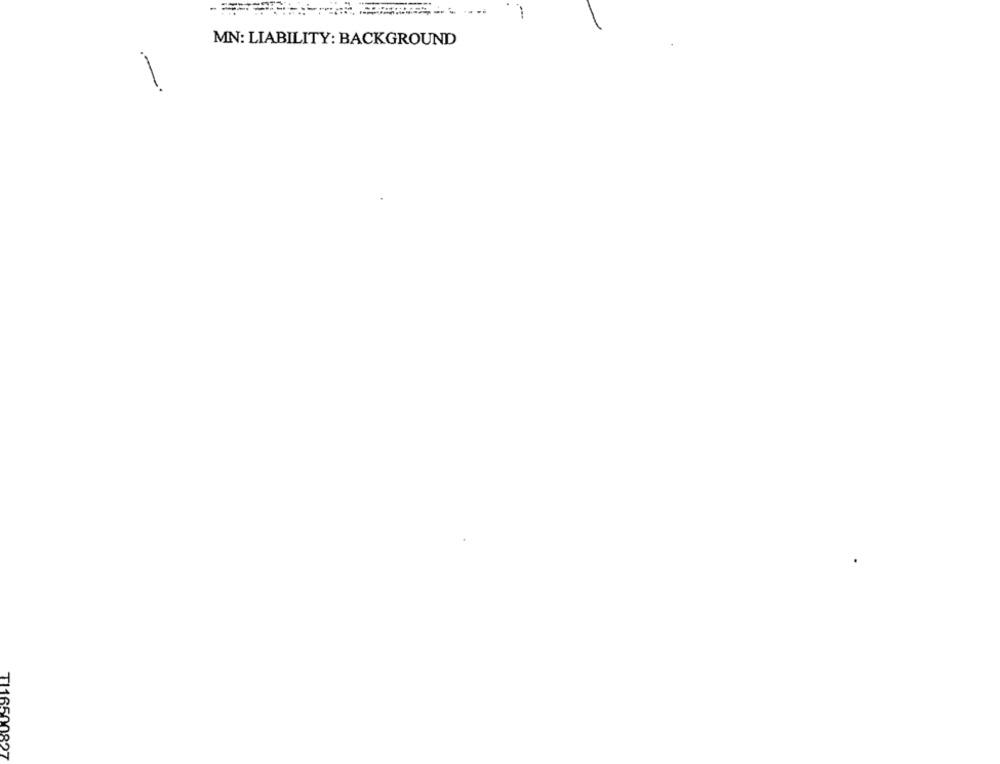
MN: LIABILITY: BACKGROUND
-
TI16500827